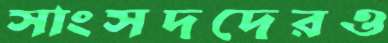
সাংসদদেরও